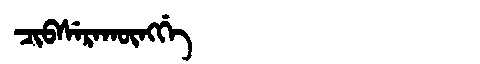
Manchu: ᠴᡳᠪᠰᡝᡵᠠᡴᡡᠩᡤᡝ
Romanization: CIBSERAKŪNGGE